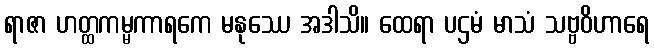
ရာဇာ ဟတ္ထကမ္မကာရကေ မနုဿေ အဒါသိ။ ထေရာ ပဌမံ မာသံ သဗ္ဗဝိဟာရေ